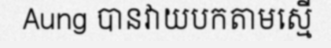
Aung បានវាយបកតាមស្មើ